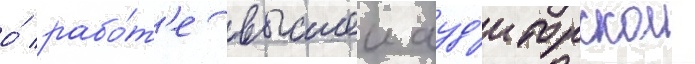
о́ рабо́т'е высшеи ауд'иторскои